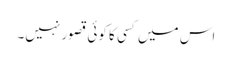
اس میں کسی کا کوئی قصور نہیں۔